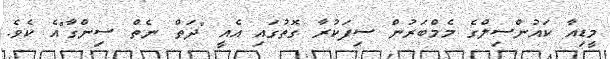
މީޑިއާ ކައުންސިލްގެ މެމްބަރުން ސިފަކުރާ ގޮތުގައި އެއީ "ދަތް ނެތް ސިންގާ"އެ ކެވެ.